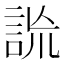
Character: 詤